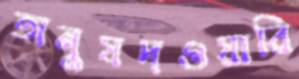
অনুষদওয়ারি